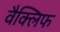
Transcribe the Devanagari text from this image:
वैक्लिफ